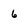
Character: 6